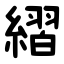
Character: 䌌